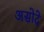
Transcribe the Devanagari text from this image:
असोदे